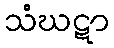
သံဃဋာ